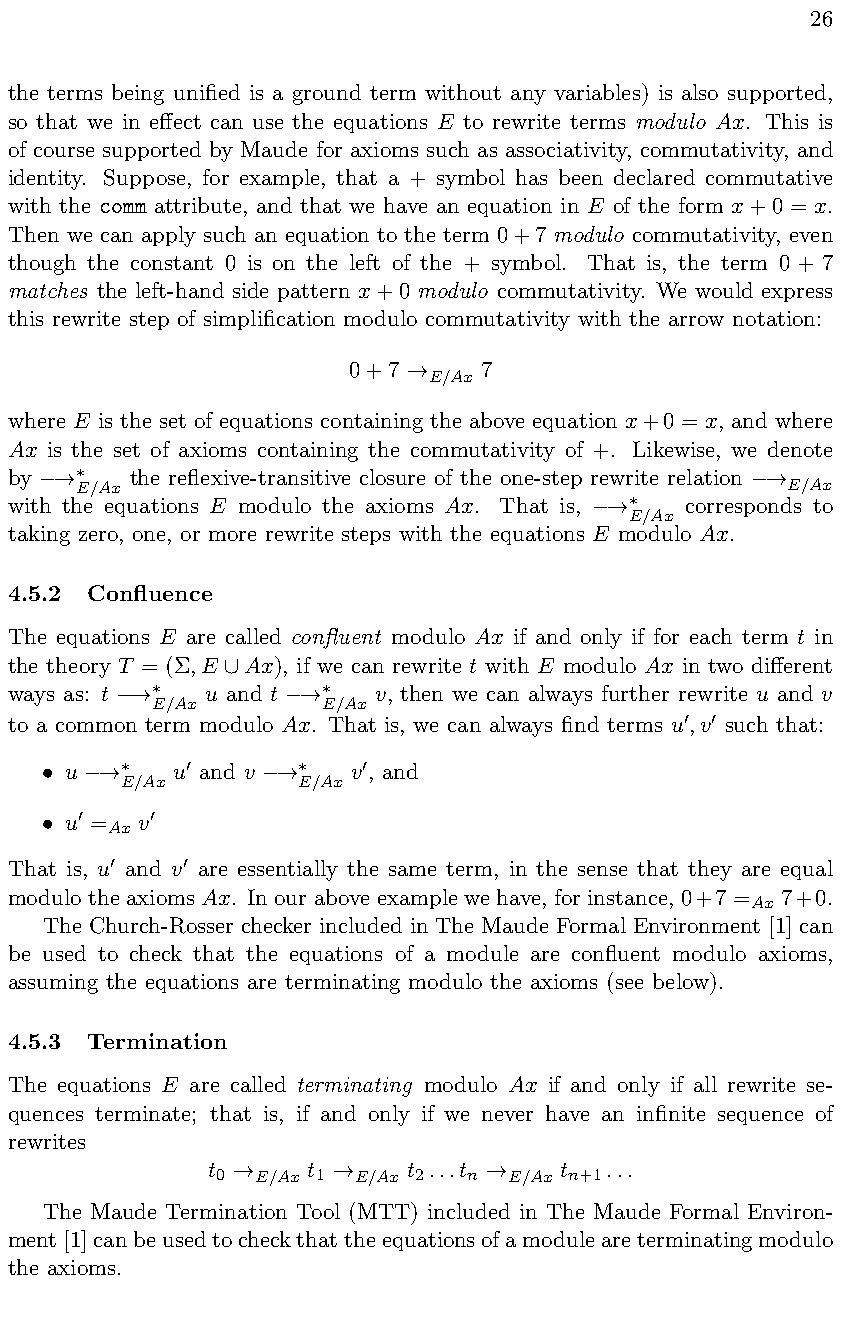
26
 the terms being unified is a ground term without any variables) is also supported,
 so that we in e↵ect can use the equations E to rewrite terms modulo Ax. This is
 of course supported by Maude for axioms such as associativity, commutativity, and
 identity. Suppose, for example, that a + symbol has been declared commutative
 with the comm attribute, and that we have an equation in E of the form x+0 = x.
 Then we can apply such an equation to the term 0+7 modulo commutativity, even
 though the constant 0 is on the left of the + symbol. That is, the term 0 + 7
 matches the left-hand side pattern x+0 modulo commutativity. We would express
 this rewrite step of simplification modulo commutativity with the arrow notation:
 0+7      7
 E/Ax
 !
 where E is the set of equations containing the above equation x+0 = x, and where
 Ax is the set of axioms containing the commutativity of +. Likewise, we denote
 by      the reflexive-transitive closure of the one-step rewrite relation
 !⇤E/Ax                                         !E/Ax
 with the equations E modulo the axioms Ax. That is, corresponds to
 !⇤E/Ax
 taking zero, one, or more rewrite steps with the equations E modulo Ax.
 4.5.2 Confluence
 The equations E are called confluent modulo Ax if and only if for each term t in
 the theory T = (⌃ ,E Ax), if we can rewrite t with E modulo Ax in two di↵erent
 [
 ways as: t   u and t     v, then we can always further rewrite u and v
 !⇤E/Ax    !⇤E/Ax
 to a common term modulo Ax. That is, we can always find terms u,v such that:
 0 0
 u      u and v     v , and
 •
 !⇤E/Ax 0   !⇤E/Ax 0
 u =  v
 0 Ax 0
 •
 That is, u and v are essentially the same term, in the sense that they are equal
 0    0
 modulo the axioms Ax. In our above example we have, for instance, 0+7 = 7+0.
 Ax
 The Church-Rosser checker included in The Maude Formal Environment [1] can
 be used to check that the equations of a module are confluent modulo axioms,
 assuming the equations are terminating modulo the axioms (see below).
 4.5.3 Termination
 The equations E are called terminating modulo Ax if and only if all rewrite se-
 quences terminate; that is, if and only if we never have an infinite sequence of
 rewrites
 t     t      t ...t    t  ...
 0  E/Ax 1 E/Ax 2 n E/Ax n+1
 !      !         !
 The Maude Termination Tool (MTT) included in The Maude Formal Environ-
 ment[1]canbeusedtocheckthattheequationsofamoduleareterminatingmodulo
 the axioms.